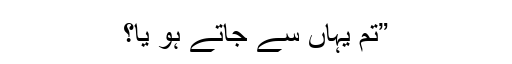
”تم یہاں سے جاتے ہو یا؟